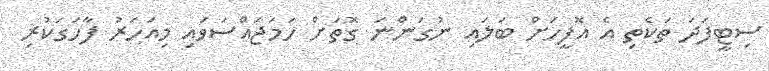
ސިޓީފަދަ ތަކެތި އެ އޮފީހަށް ބަލައި ނުގަންނަ ގޮތަށް ހަމަޖައްސަވައި މިއަހަރު ފާހަގަކުރި